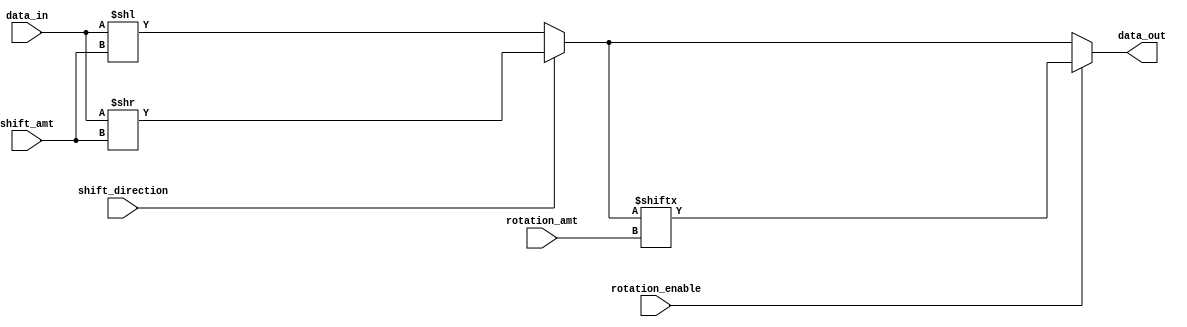
module hybrid_barrel_shifter (
    input wire [7:0] data_in,
    input wire [2:0] shift_amt,
    input wire shift_direction, // 0 for left shift, 1 for right shift
    input wire rotation_enable,
    input wire [7:0] rotation_amt,
    output reg [7:0] data_out
);

reg [7:0] shifted_data;

always @(*) begin
    if (shift_direction == 0) begin // left shift
        shifted_data = data_in << shift_amt;
    end else begin // right shift
        shifted_data = data_in >> shift_amt;
    end
    
    if (rotation_enable) begin
        shifted_data = {shifted_data[rotation_amt-1:0], shifted_data[7:rotation_amt]};
    end
    
    data_out = shifted_data;
end

endmodule